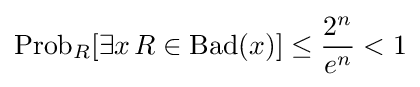
{\mbox{Prob}}_{R}[\exists x\,R\in {\mbox{Bad}}(x)]\leq {\frac {2^{n}}{e^{n}}}<1